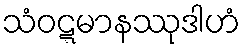
သံဝဋ္ဋမာနဿုဒါဟံ